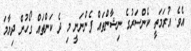
އެވެ. އުރަމަތީ ކެންސަރުގެ ނިޝާންތައް ފެންނަނީ މި ދެ ކަންތައް ގޯހުން ދިޔާމަ